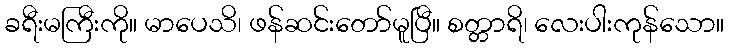
ခရီးမကြီးကို။ မာပေသိ၊ ဖန်ဆင်းတော်မူပြီ။ စတ္တာရိ၊ လေးပါးကုန်သော။